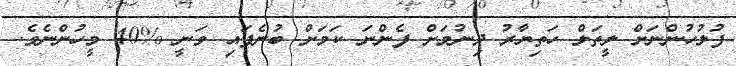
ފުލުހުންނަށް ލީތަލް ހަތިޔާރު ދިނުމަށް ފެންނަ ކަމަށް ބުނެފައި ވަނީ %40 މީހުންނެވެ.